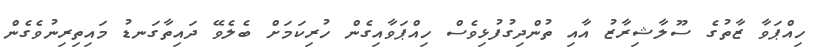
ހިއްޕަވާ ޒާތުގެ ސޫލާޝިރާޒު އާއި ތުންދިގުފުޅިވެސް ހިއްޕަވާއިގެން ހުރިކަމަށް ބެލެވޭ ދައިތާގަނޑު މައިތިރިނުވެގެން